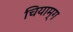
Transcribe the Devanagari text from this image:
चियाम्ग